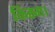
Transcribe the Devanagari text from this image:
किस्म।